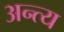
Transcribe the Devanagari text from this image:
अन्‍त्‍य